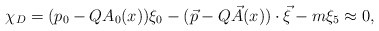
\begin{align*}\chi _D =(p_{0}-QA_{0}(x))\xi _{0}-(\vec{p}-Q\vec{A}(x))\cdot \vec{\xi}-m\xi_{5}\approx 0, \end{align*}